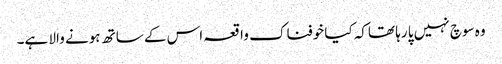
وہ سوچ نہیں پا رہا تھاکہ کیا خوفناک واقعہ اس کے ساتھ ہونے والا ہے۔